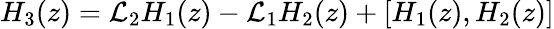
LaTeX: H_{3}(z)={\cal L}_{2}H_{1}(z)-{\cal L}_{1}H_{2}(z)+[H_{1}(z),H_{2}(z)]